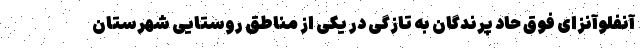
آنفلوآنزای فوق حاد پرندگان به تازگی در یکی از مناطق روستایی شهرستان